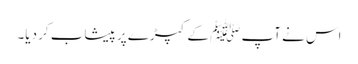
اس نے آپ ﷺ کے کپڑے پر پیشاب کر دیا۔